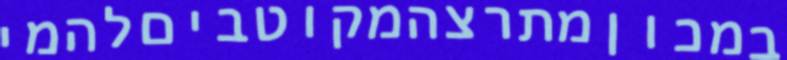
במכוןמתרצהמקוטביםלהמי